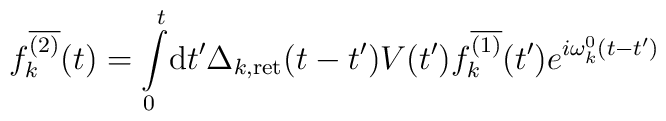
f_k^{\overline{(2)}}(t)=\int\limits^{t}_{0}\!{\rm d}t'\Delta_{k,{\rm ret}}(t-t')V(t')f_k^{\overline{(1)}}(t')e^{i\omega_k^0 (t-t')}